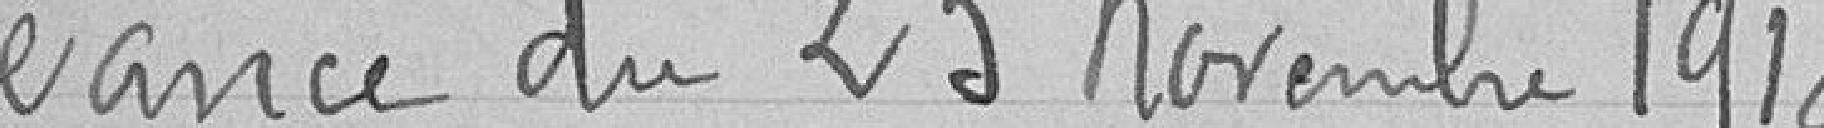
Séance du 23 novembre 1918